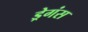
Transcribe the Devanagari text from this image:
ड्रेगंस